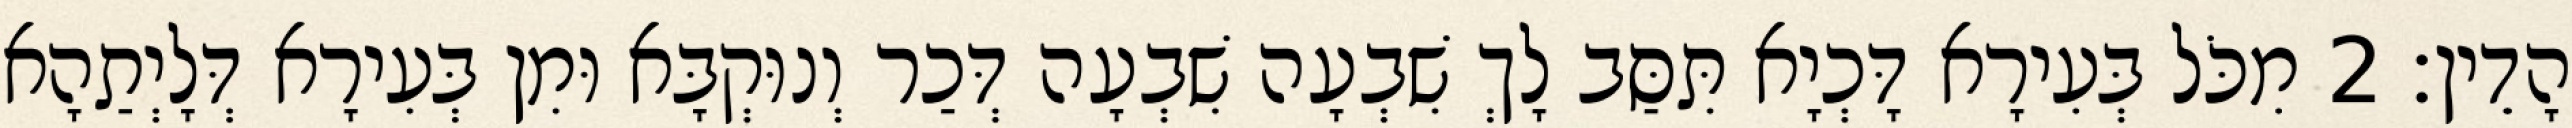
הָדֵין׃ 2 מִכֹּל בְּעִירָא דָּכְיָא תִּסַּב לָךְ שִׁבְעָה שִׁבְעָה דְּכַר וְנוּקְבָּא וּמִן בְּעִירָא דְּלָיְתַהָא